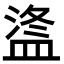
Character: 𪾒